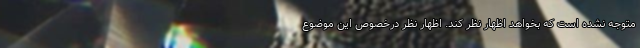
متوجه نشده است که بخواهد اظهار نظر کند. اظهار نظر درخصوص این موضوع